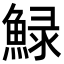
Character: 䱚